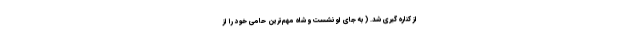
از کناره گیری شد. (‌ به جای او نشست و شاه مهم‌ترین حامی خود را از